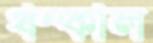
ধম্‌কাল